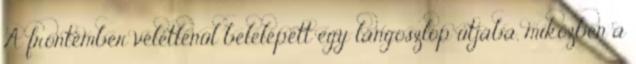
A frontember véletlenül belelépett egy lángoszlop útjába, miközben a